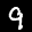
Label: 9